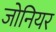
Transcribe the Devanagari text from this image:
जोनियर